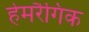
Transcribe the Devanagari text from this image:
हेमरैगिक